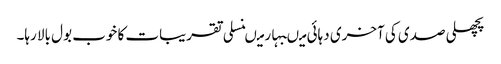
پچھلی صدی کی آخری دہائی میںبہار میںنسلی تقریبات کا خوب بول بالا رہا۔